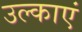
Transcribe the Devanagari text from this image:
उल्काएं